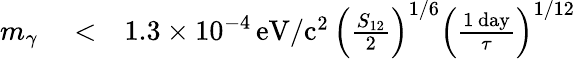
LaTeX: \begin{array}{rlr}{m_{\gamma}}&{{}<}&{1.3\times 10^{-4}\, \mathrm{eV/c^{2}}\, \left(\frac{S_{12}}{2}\right)^{1/6}\left(\frac{1\, \mathrm{day}}{\tau}\right)^{1/12}}\end{array}